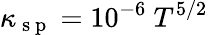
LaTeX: \kappa_{\mathrm{~s~p~}}=10^{-6}\ T^{5/2}